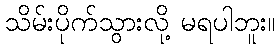
သိမ်းပိုက်သွားလို့ မရပါဘူး။